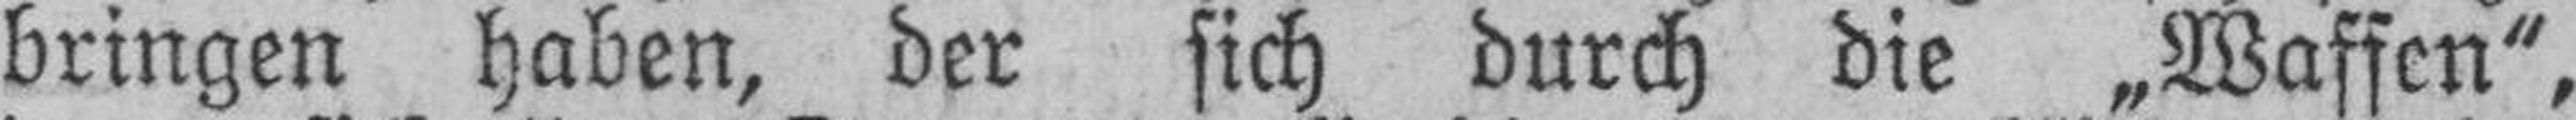
bringen haben, der sich durch die „Waffen“,